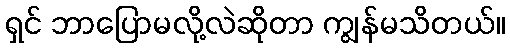
ရှင် ဘာပြောမလို့လဲဆိုတာ ကျွန်မသိတယ်။